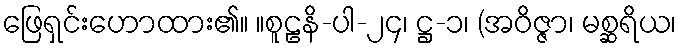
ဖြေရှင်းဟောထား၏။ ။စူဠနိ-ပါ-၂၄၊ ဋ္ဌ-၁၊ (အဝိဇ္ဇာ၊ မစ္ဆရိယ၊